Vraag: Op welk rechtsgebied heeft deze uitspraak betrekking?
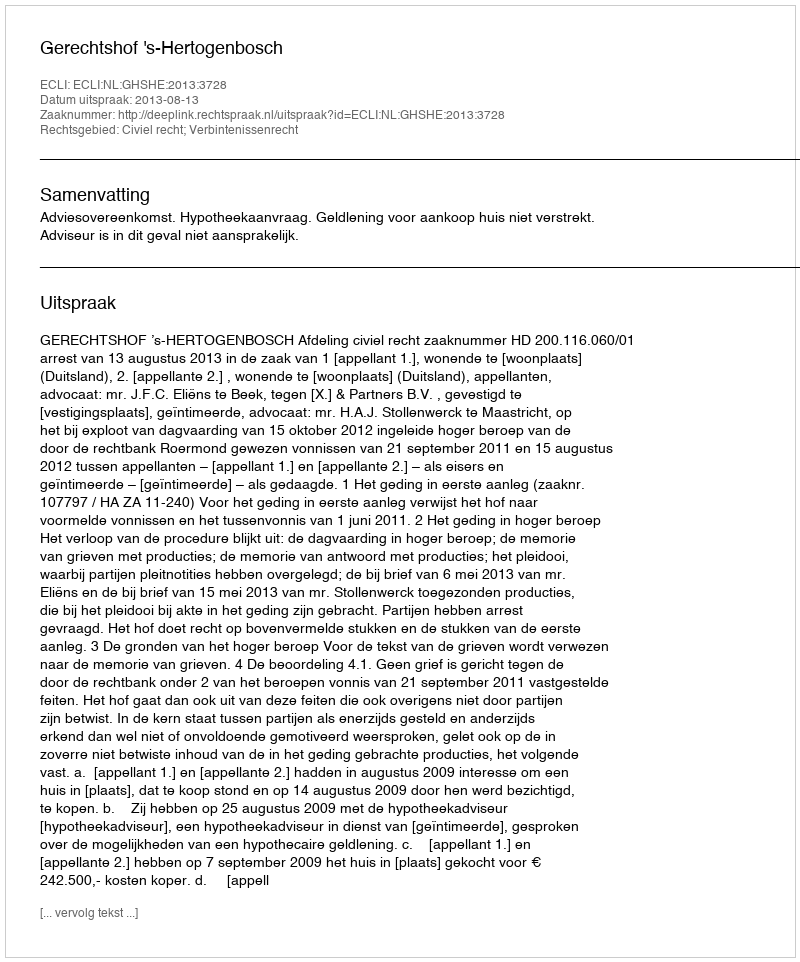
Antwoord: Civiel recht; Verbintenissenrecht